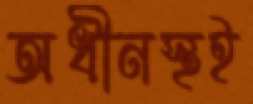
অধীনস্থই